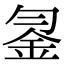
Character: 𨥒